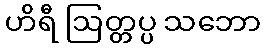
ဟိရီ ဩတ္တပ္ပ သဘော